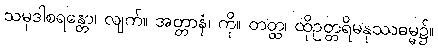
သမုဒါစရန္တော၊ လျက်။ အတ္တာနံ၊ ကို။ တတ္ထ၊ ထိုဥတ္တရိမနုဿဓမ္မ၌။